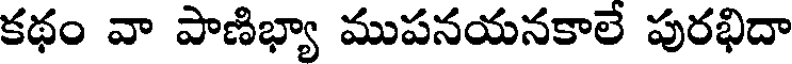
కథం వా పాణిభ్యా ముపనయనకాలే పురభిదా